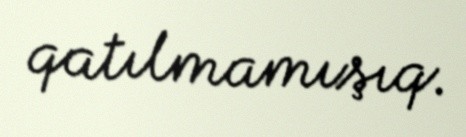
qatılmamışıq.